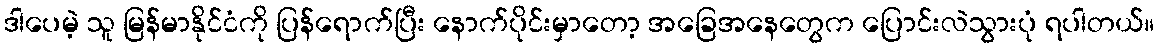
ဒါပေမဲ့ သူ မြန်မာနိုင်ငံကို ပြန်ရောက်ပြီး နောက်ပိုင်းမှာတော့ အခြေအနေတွေက ပြောင်းလဲသွားပုံ ရပါတယ်။